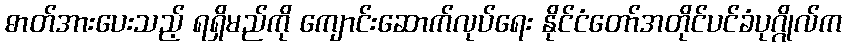
ဓာတ်အားပေးသည့် ရရှိမည်ကို ကျောင်းဆောက်လုပ်ရေး နိုင်ငံတော်အတိုင်ပင်ခံပုဂ္ဂိုလ်က